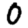
Digit: 0